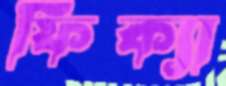
ফিক্যা